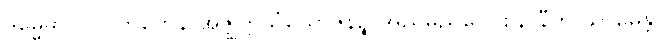
ဒုမ္မေဓာ ဝါသိတကေန အဇ္ဈတ္တသံယောဇနဉ္စ အညမညဝေဝစနာနီတိ သာဓေန္တာ